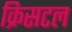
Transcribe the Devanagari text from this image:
क्रिसटल